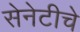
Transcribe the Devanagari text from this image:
सेनेटीचे